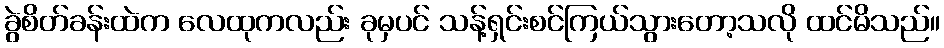
ခွဲစိတ်ခန်းထဲက လေထုကလည်း ခုမှပင် သန့်ရှင်းစင်ကြယ်သွားတော့သလို ထင်မိသည်။